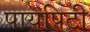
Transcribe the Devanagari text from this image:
पायपिटी